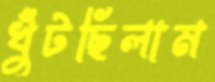
খুঁটছিলাম